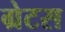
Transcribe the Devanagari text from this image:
ग्रेटस